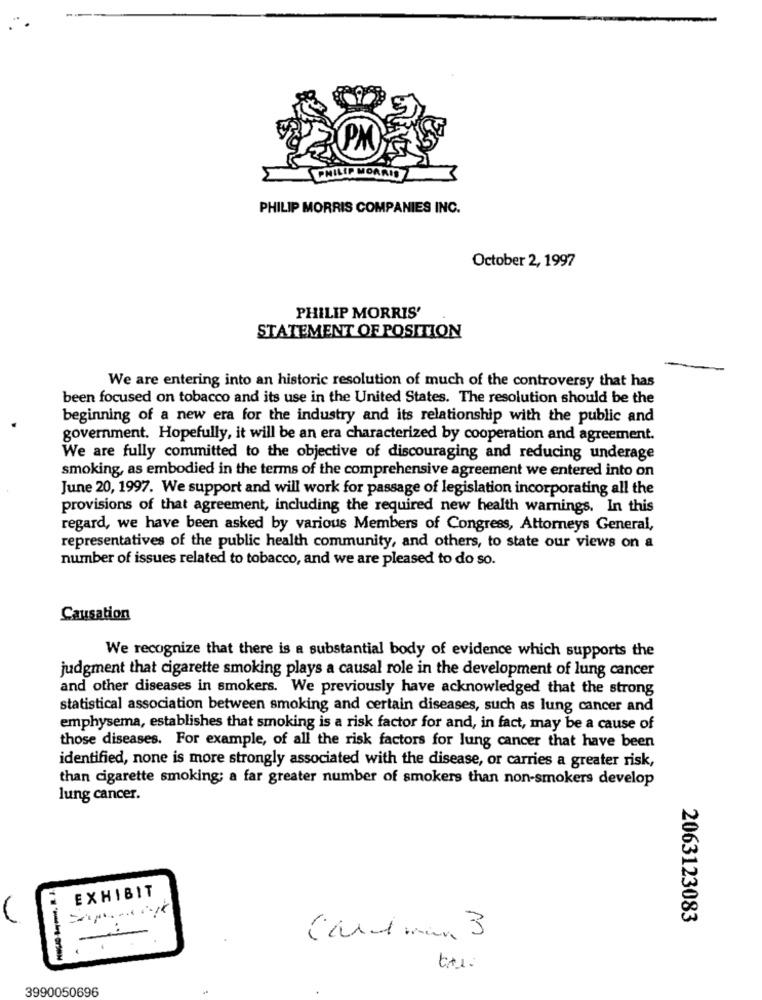
PM
PHILIP MORRIS COMPANIES INC.
October 2, 1997
PHILIP MORRIS'
STATEMENT OF POSITION
We are entering into an historic resolution of much of the controversy that has
been focused on tobacco and its use in the United States. The resolution should be the
beginning of a new era for the industry and its relationship with the public and
government. Hopefully, it will be an era characterized by cooperation and agreement.
We are fully committed to the objective of discouraging and reducing underage
smoking, as embodied in the terms of the comprehensive agreement we entered into on
June 20, 1997. We support and will work for passage of legislation incorporating all the
provisions of that agreement, including the required new health warnings. In this
regard, we have been asked by various Members of Congress, Attorneys General,
representatives of the public health community, and others, to state our views on a
number of issues related to tobacco, and we are pleased to do so.
Causation
We recognize that there is a substantial body of evidence which supports the
judgment that cigarette smoking plays a causal role in the development of lung cancer
and other diseases in smokers. We previously have acknowledged that the strong
statistical association between smoking and certain diseases, such as lung cancer and
emphysema, establishes that smoking is a risk factor for and, in fact, may be a cause of
those diseases. For example, of all the risk factors for lung cancer that have been
identified, none is more strongly associated with the disease, or carries a greater risk,
than cigarette smoking; a far greater number of smokers than non-smokers develop
lung cancer.
EXHIBIT
2063123083
Card min 3
3990050696